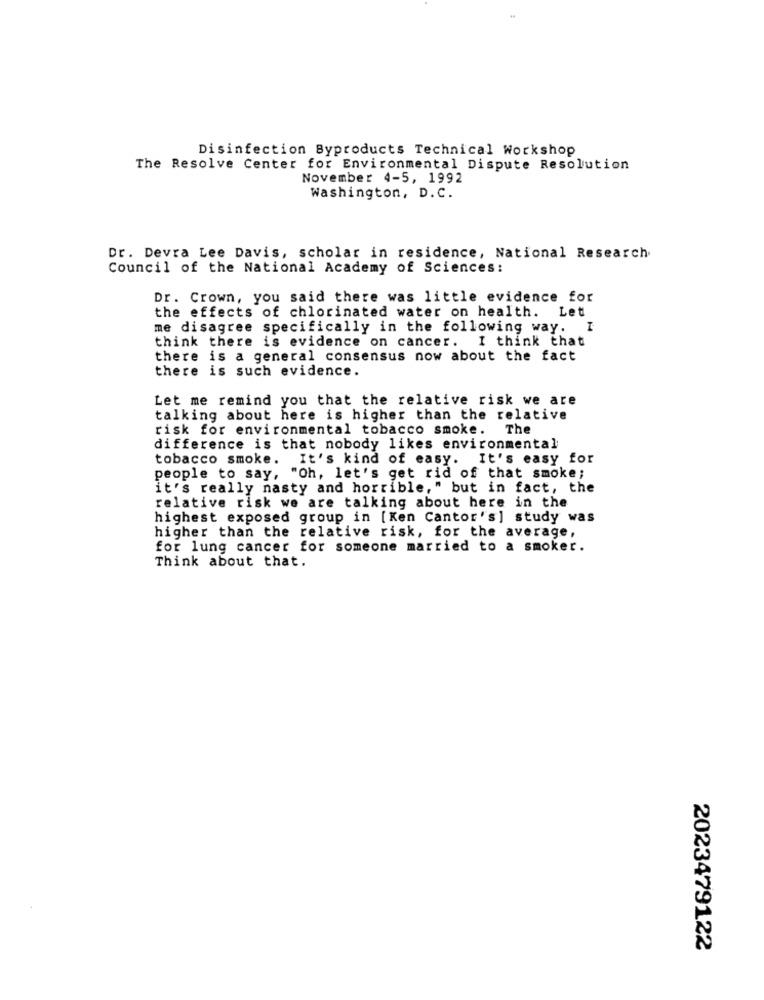
Disinfection Byproducts Technical Workshop
The Resolve Center for Environmental Dispute Resolution
November 4-5, 1992
Washington, D. C.
Dr. Devra Lee Davis, scholar in residence, National Research
Council of the National Academy of Sciences:
Dr. Crown, you said there was little evidence for
the effects of chlorinated water on health. Let
me disagree specifically in the following way. I
think there is evidence on cancer. I think that
there is a general consensus now about the fact
there is such evidence.
Let me remind you that the relative risk we are
talking about here is higher than the relative
risk for environmental tobacco smoke. The
difference is that nobody likes environmental
tobacco smoke. It's kind of easy. It's easy for
people to say, "Oh, let's get rid of that smoke;
it's really nasty and horrible," but in fact, the
relative risk we are talking about here in the
highest exposed group in [Ken Cantor's] study was
higher than the relative risk, for the average,
for lung cancer for someone married to a smoker.
Think about that.
2023479122